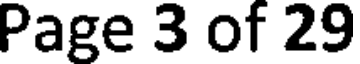
Page 3 of 29